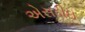
એસડીઇ